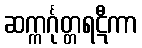
ဆက္ကင်္ဂုတ္တရဋီကာ